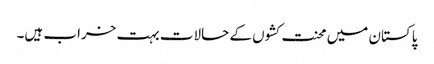
پاکستان میں محنت کشوں کے حالات بہت خراب ہیں۔